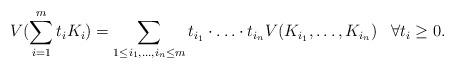
LaTeX: \begin{align*}V(\sum_{i=1}^m t_i K_i) = \sum_{1 \leq i_1,\ldots,i_n \leq m} t_{i_1} \cdot \ldots \cdot t_{i_n} V(K_{i_1},\ldots,K_{i_n}) \;\;\; \forall t_i \geq 0 .\end{align*}